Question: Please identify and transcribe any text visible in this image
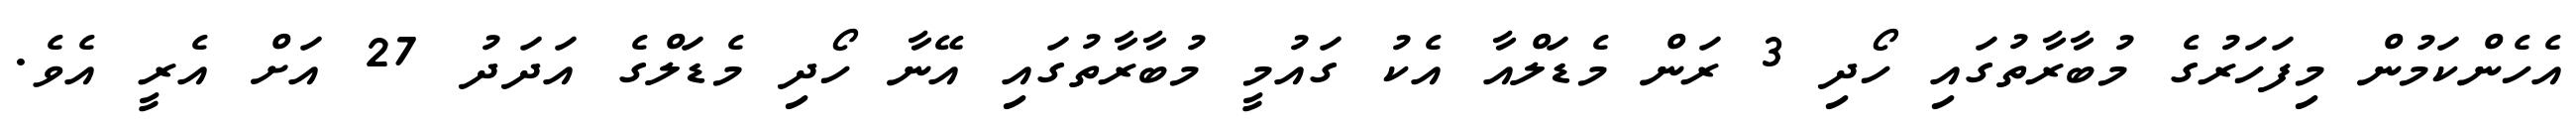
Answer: އެހެންކަމުން މިފަހަރުގެ މުބާރާތުގައި ހޯދި 3 ރަން މެޑަލްއާ އެކު ގައުމީ މުބާރާތުގައި އޭނާ ހޯދި މެޑަލްގެ އަދަދު 27 އަށް އެރީ އެވެ.